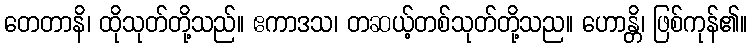
တေတာနိ၊ ထိုသုတ်တို့သည်။ ဧကာဒသ၊ တဆယ့်တစ်သုတ်တို့သည။ ဟောန္တိ၊ ဖြစ်ကုန်၏။